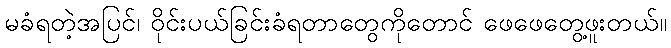
မခံရတဲ့အပြင်၊ ဝိုင်းပယ်ခြင်းခံရတာတွေကိုတောင် ဖေဖေတွေ့ဖူးတယ်။